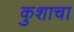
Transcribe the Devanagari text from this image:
कुशाचा